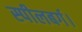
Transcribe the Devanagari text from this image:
स्पीलबर्ग।